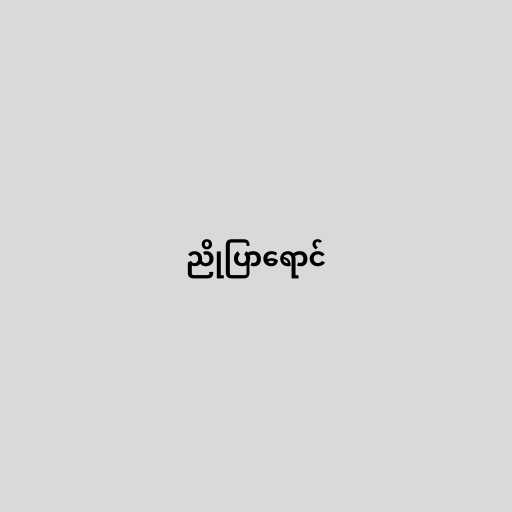
ညိုပြာရောင်